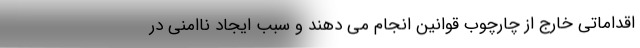
اقداماتی خارج از چارچوب قوانین انجام می دهند و سبب ایجاد ناامنی در